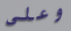
وعلى